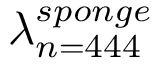
\lambda _ { n = 4 4 4 } ^ { s p o n g e }